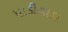
પાડીવાડા